Calcutta medical institutions reports 1879-81 [i.e.91]
Year: 1879
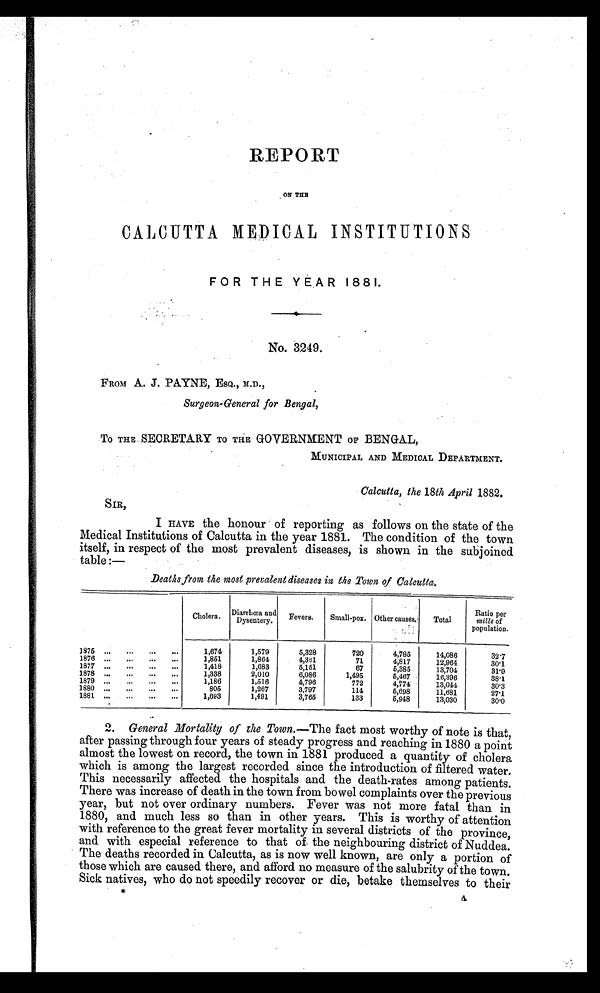
REPORT
ON THE
CALCUTTA MEDICAL INSTITUTIONS
FOR THE YEAR 1881.
No. 3249.
FROM A. J. PAYNE , ESQ., M.D.,
Surgeon-General for Bengal,
To THE. SECRETARY TO THE GOVERNMENT OF BENGAL,
MUNICIPAL AND MEDICAL DEPARTMENT.
Calcutta, the 18th April 1882.
SIR,
I HAVE the honour of reporting as follows on the state of the
Medical Institutions of Calcutta in the year 1881. The condition of the town
itself, in respect of the most prevalent diseases, is shown in the subjoined
table:—
Deaths from the most prevalent diseases in the Town of Calcutta.
Cholera, Diarrhœa and
Dysentery.
Fevers.
Small-pox. Other causes.
Total
Ratio per
mille of
population.
1875
1,674
1,579
5,328
720
4,785
14,086
3 2 . 7
1876
1,851
1,864
4,361
71
4,817
12,964
30.1
1877
1,418
1,683
5,151
67
5,385
13,704
31.9
1878
1,338
2,010
6,086
1,495
5,467
16,396
3 8 . 1
1879
1,186
1,516
4,796
772
4,774
13,044
30.3
1880
805
1,267
3,797
114
5,698
11,681
27.1
1881
1,693
1,491
3,765
133
5,948
13,030
3 0 . 0
2. General Mortality of the Town .—The fact most worthy of note is that,
after passing through four years of steady progress and reaching in 1880 a point
almost the lowest on record, the town in 1881 produced a quantity of cholera
which is among the largest recorded since the introduction of filtered water.
This necessarily affected the hospitals and the death-rates among patients.
There was increase of death in the town from bowel complaints over the previous
year, but not over ordinary numbers. Fever was not more fatal than in
1880, and much less so than in other years. This is worthy of attention
with reference to the great fever mortality in several districts of the province,
and with especial reference to that of the neighbouring district of Nuddea.
The deaths recorded in Calcutta, as is now well known, are only a portion of
those which are caused there, and afford no measure of the salubrity of the town.
Sick natives, who do not speedily recover or die, betake themselves to their
A